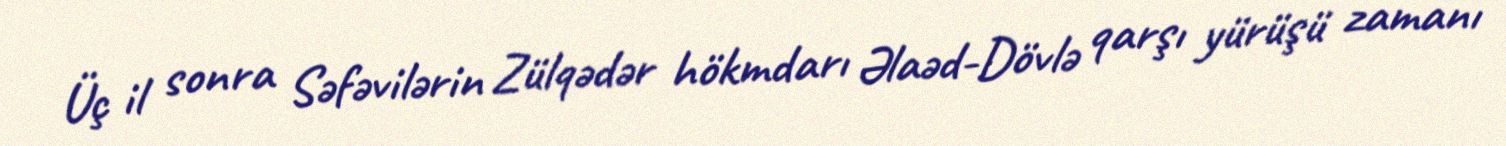
Üç il sonra Səfəvilərin Zülqədər hökmdarı Əlaəd-Dövlə qarşı yürüşü zamanı